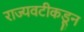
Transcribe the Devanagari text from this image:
राज्यवटीकडून